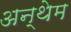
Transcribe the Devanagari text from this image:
अन्थेम